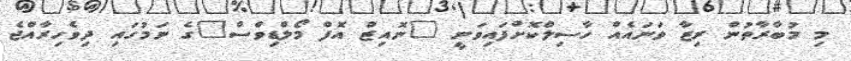
މި މުބާރާތުން ރިޒާ ވަނައެއް ހާސިލްކޮށްފައިވަނީ "ނޮއިޒް އޮފް މޯލްޑިވްސް"ގެ ނަމުގައި ދިވެހިރާއްޖެ